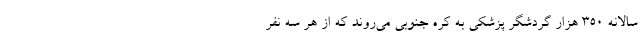
سالانه ۳۵۰ هزار گردشگر پزشکی به کره جنوبی می‌روند که از هر سه نفر